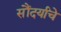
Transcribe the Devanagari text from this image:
सौंदर्यांचे